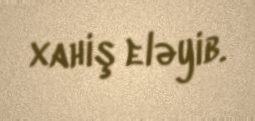
xahiş eləyib.